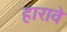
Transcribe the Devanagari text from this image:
हारावे